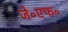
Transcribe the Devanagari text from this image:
जे॰एफ॰